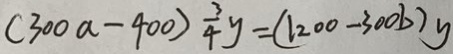
( 3 0 0 a - 4 0 0 ) \frac { 3 } { 4 } y = ( 1 2 0 0 - 3 0 0 b ) y